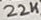
Text: 22K